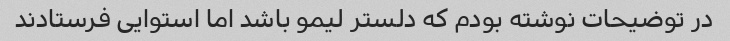
در توضیحات نوشته بودم که دلستر لیمو باشد اما استوایی فرستادند